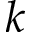
k